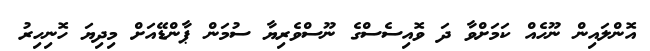
އޮންލައިން ނޫހެއް ކަމަށްވާ ދަ ވޮއިސެސްގެ ނޫސްވެރިޔާ ސުމަން ޕާންޑޭއަށް މިދިޔަ ހޮނިހިރު